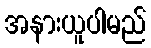
အနားယူပါမည်